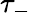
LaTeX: \tau_{-}